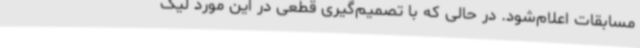
مسابقات اعلام‌شود. در حالی که با تصمیم‌گیری قطعی در این مورد لیگ